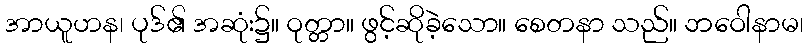
အာယူဟန၊ ပုဒ်၏ အဆုံး၌။ ဝုတ္တာ။ ဖွင့်ဆိုခဲ့သော။ စေတနာ သည်။ ဘဝေါနာမ၊